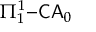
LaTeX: \Pi _ { 1 } ^ { 1 } { \mathrm { - } } { \mathsf { C A } } _ { 0 }